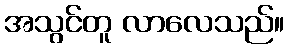
အသွင်တူ လာလေသည်။